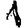
Digit: 1